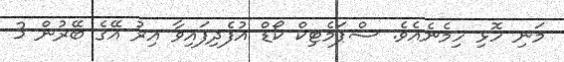
މަނި ހޮޅި ހިމެނެއެވެ. ސްޕަމެޓިކް ކޯޑް އުފެދިފައިވާ އިރު އޭގެ ބޭރުން 3